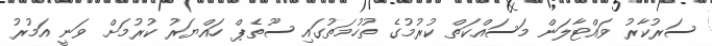
ސަރުކާރު ވައްޓާލަން މަސައްކަތް ކުރުމުގެ ތުހުމަތުގައި ސޫތެޕް ހައްޔަރު ކުރުމަށް ވަނީ އަމުރު